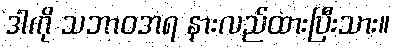
ဒါကို သဘာဝအရ နားလည်ထားပြီးသား။